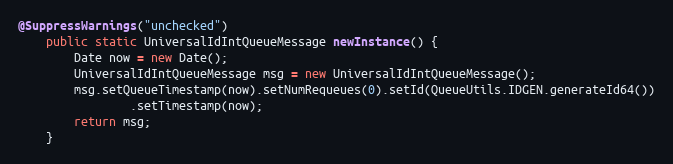
Language: Java
@SuppressWarnings("unchecked")
    public static UniversalIdIntQueueMessage newInstance() {
        Date now = new Date();
        UniversalIdIntQueueMessage msg = new UniversalIdIntQueueMessage();
        msg.setQueueTimestamp(now).setNumRequeues(0).setId(QueueUtils.IDGEN.generateId64())
                .setTimestamp(now);
        return msg;
    }